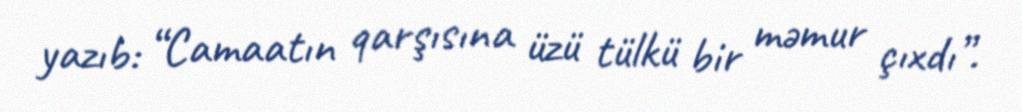
yazıb: “Camaatın qarşısına üzü tülkü bir məmur çıxdı”.